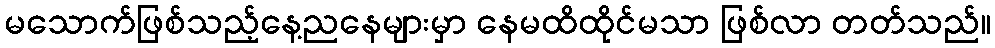
မသောက်ဖြစ်သည့်နေ့ညနေများမှာ နေမထိထိုင်မသာ ဖြစ်လာ တတ်သည်။